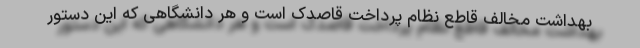
بهداشت مخالف قاطع نظام پرداخت قاصدک است و هر دانشگاهی که این دستور